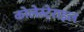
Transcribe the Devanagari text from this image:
कोलेस्टेराइल